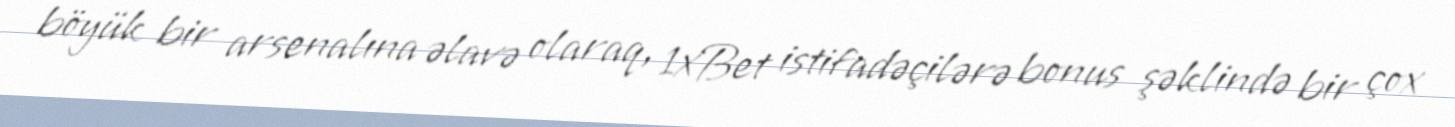
böyük bir arsenalına əlavə olaraq, 1xBet istifadəçilərə bonus şəklində bir çox